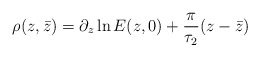
\begin{align*}\rho(z,\bar{z})=\partial_{z}\ln{E(z,0)}+\frac{\pi}{\tau_{2}}(z-\bar{z})\end{align*}